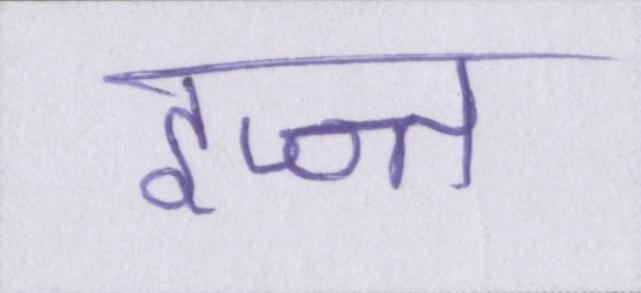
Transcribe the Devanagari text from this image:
इज्ज्त